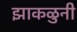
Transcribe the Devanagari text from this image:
झाकळुनी